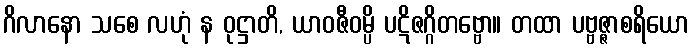
ဂိလာနော သစေ လဟုံ န ဝုဋ္ဌာတိ, ယာဝဇီဝမ္ပိ ပဋိဇဂ္ဂိတဗ္ဗော။ တထာ ပဗ္ဗဇ္ဇာစရိယော